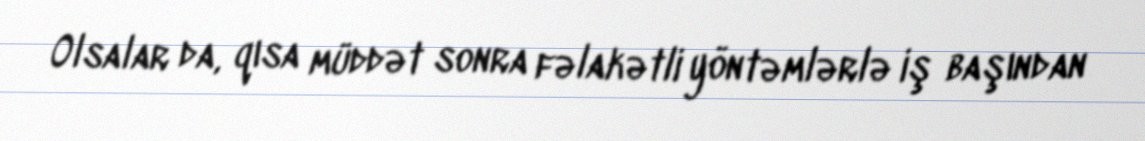
Olsalar da, qısa müddət sonra fəlakətli yöntəmlərlə iş başından